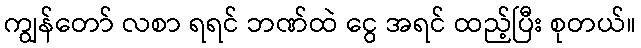
ကျွန်တော် လစာ ရရင် ဘဏ်ထဲ ငွေ အရင် ထည့်ပြီး စုတယ်။